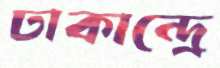
ঢাকান্দ্রে